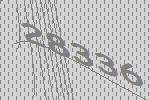
28336